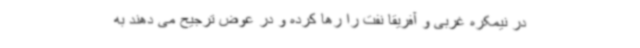
در نیمکره غربی و آفریقا نفت را رها کرده و در عوض ترجیح می دهند به